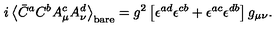
i \left< \bar { C } ^ { a } C ^ { b } A _ { \mu } ^ { c } A _ { \nu } ^ { d } \right> _ { \mathrm { b a r e } } = g ^ { 2 } \left[ \epsilon ^ { a d } \epsilon ^ { c b } + \epsilon ^ { a c } \epsilon ^ { d b } \right] g _ { \mu \nu } .